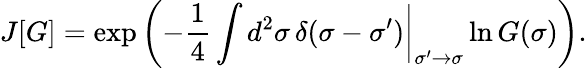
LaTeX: J[G]=\exp\left(-\frac{1}{4}\int d^{2}\sigma\, \delta(\sigma-\sigma^{\prime})\biggr|_{\sigma^{\prime}\rightarrow\sigma}\ln G(\sigma)\right).